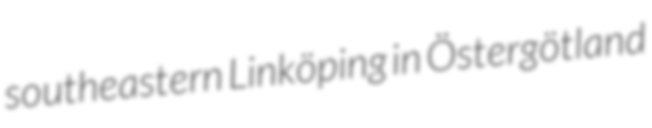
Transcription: southeastern Linköping in Östergötland